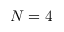
N = 4